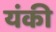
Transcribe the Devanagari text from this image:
यंकी